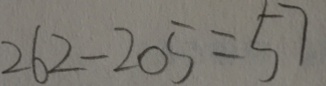
2 6 2 - 2 0 5 = 5 7